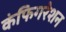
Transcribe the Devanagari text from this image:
कंफिगरेशन